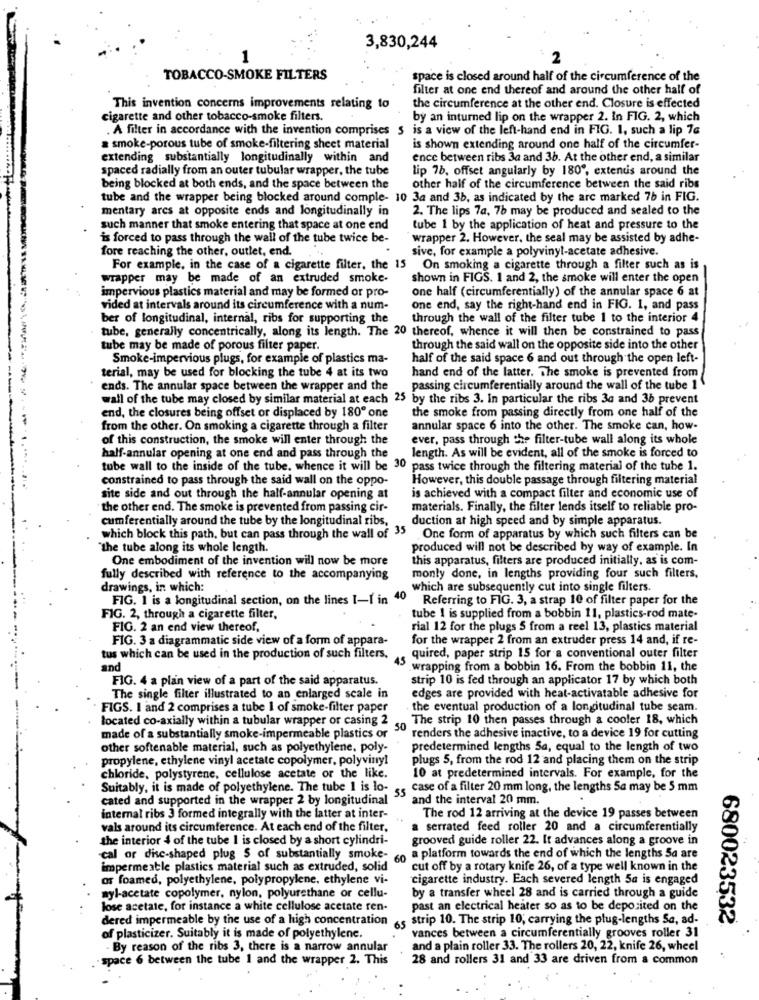
3,830,244
1
TOBACCO-SMOKE FILTERS
space is closed around half of the circumference of the
filter at one end thereof and around the other half of
This invention concerns improvements relating to
the circumference at the other end. Closure is effected
cigarette and other tobacco-smoke filters.
by an inturned lip on the wrapper 2. In FIG. 2, which
. A filter in accordance with the invention comprises $ is a view of the left-hand end in FIG. 1, such a lip 76
smoke-porous tube of smoke-filtering sheet material
is shown extending around one half of the circumfer-
extending substantially longitudinally within and
ence between ribs 3a and 36. At the other end, a similar
spaced radially from an outer tubular wrapper, the tube
lip 78. offset angularly by 180", extenuis around the
being blocked at both ends, and the space between the
other half of the circumference between the said ribs
tube and the wrapper being blocked around comple- 10 3a and 3b, as indicated by the arc marked 7b in FIG.
mentary ares at opposite ends and longitudinally in
2. The lips 7a, 7b may be produced and sealed to the
such manner that smoke entering that space at one end
tube 1 by the application of heat and pressure to the
is forced to pass through the wall of the tube twice be-
wrapper 2. However, the seal may be assisted by adhe-
fore reaching the other, outlet, end.
sive, for example a polyvinyl-acetate adhesive.
For example, in the case of a cigarette filter, the 15 On smoking a cigarette through a filter such as is
wrapper may be made of an extruded smoke-
shown in FIGS. 1 and 2, the smoke will enter the open
impervious plastics material and may be formed or pro-
one half (circumferentially) of the annular space 6 at
vided at intervals around its circumference with a num-
one end, say the right-hand end in FIG. 1, and pass
ber of longitudinal, internal, ribs for supporting the
through the wall of the filter tube 1 to the interior 4
tube, generally concentrically, along its length. The 20 thereof, whence it will then be constrained to pass
tube may be made of porous filter paper.
through the said wall on the opposite side into the other
Smoke-impervious plugs, for example of plastics ma-
half of the said space 6 and out through the open left-
hand end of the latter. The smoke is prevented from
terial, may be used for blocking the tube 4 at its two
ends. The annular space between the wrapper and the
passing circumferentially around the wall of the tube 1
wall of the tube may closed by similar material at each 25 by the ribs 3. In particular the ribs 3a and 36 prevent
end, the closures being offset or displaced by 180º one
the smoke from passing directly from one half of the
from the other. On smoking a cigarette through a filter
annular space 6 into the other. The smoke can, how-
of this construction, the smoke will enter through the
ever, pass through the filter-tube wall along its whole
half-annular opening at one end and pass through the
length. As will be evident, all of the smoke is forced to
tube wall to the inside of the tube. whence it will be 30 pass twice through the filtering material of the tube 1.
constrained to pass through the said wall on the oppo-
However, this double passage through filtering material
site side and out through the half-annular opening at
is achieved with a compact filter and economic use of
the other end. The smoke is prevented from passing cir-
materials. Finally, the filter lends itself to reliable pro-
cumferentially around the tube by the longitudinal ribs,
duction at high speed and by simple apparatus.
which block this path, but can pass through the wall of 35
One form of apparatus by which such filters can be
"the tube along its whole length.
produced will not be described by way of example. In
One embodiment of the invention will now be more
this apparatus, filters are produced initially, as is com-
fully described with reference to the accompanying
monly done, in lengths providing four such filters.
drawings, in which:
which are subsequently cut into single filters.
FIG. 1 is a longitudinal section, on the lines I-I in 40
Referring to FIG. 3, a strap 10 of filter paper for the
FIG. 2, through a cigarette filter,
tube 1 is supplied from a bobbin 11, plastics-rod mate-
FIG. 2 an end view thereof,
rial 12 for the plugs 5 from a reel 13, plastics material
FIG. 3 a diagrammatic side view of a form of appara-
for the wrapper 2 from an extruder press 14 and, if re-
tus which can be used in the production of such filters.
45
quired, paper strip 15 for a conventional outer filter
and
wrapping from a bobbin 16. From the bobbin 11, the
FIG. 4 a plan view of a part of the said apparatus.
strip 10 is fed through an applicator 17 by which both
The single filter illustrated to an enlarged scale in
edges are provided with heat-activatable adhesive for
FIGS. I and 2 comprises a tube 1 of smoke-filter paper
the eventual production of a longitudinal tube seam.
located co-axially within a tubular wrapper or casing 2 The strip 10 then passes through a cooler 18, which
made of a substantially smoke-impermeable plastics or
renders the adhesive inactive, to a device 19 for cutting
other softenable material, such as polyethylene, poly-
predetermined lengths Sa, equal to the length of two
propylene, ethylene vinyl acetate copolymer, polyvinyl
plugs 5, from the rod 12 and placing them on the strip
chloride, polystyrene, cellulose acetate or the like.
10 at predetermined intervals. For example, for the
Suitably, it is made of polyethylene. The tube 1 is lo- , case of a filter 20 mm long, the lengths Sa may be 5 mm
cated and supported in the wrapper 2 by longitudinal
and the interval 20 mm.
internal ribs 3 formed integrally with the latter at inter-
The rod 12 arriving at the device 19 passes between
vals around its circumference. At each end of the filter,
serrated feed roller 20 and a circumferentially
the interior 4 of the tube 1 is closed by a short cylindri-
grooved guide roller 22. It advances along a groove in
cal or disc-shaped plug S of substantially smoke-
a platform towards the end of which the lengths 5a are
impermeable plastics material such as extruded, solid
cut off by a rotary knife 26, of a type well known in the
or foamed, polyethylene, polypropylene, ethylene vi-
cigarette industry. Each severed length 5a is engaged
syl-acetate copolymer, nylon, polyurethane or cellu-
by a transfer wheel 28 and is carried through a guide
lose acetate, for instance a white cellulose acetate ren-
past an electrical heater so as to be deposited on the
dered impermeable by the use of a high concentration
strip 10. The strip 10; carrying the plug-lengths Sa, ad-
65
680023532
of plasticizer. Suitably it is made of polyethylene.
vances between a circumferentially grooves roller 31
By reason of the ribs 3, there is a narrow annular
and a plain roller 33. The rollers 20, 22, knife 26, wheel
space 6 between the tube 1 and the wrapper 2. This
28 and rollers 31 and 33 are driven from a common